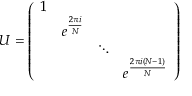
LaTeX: U = \left( \begin{array} { l l l l } { { 1 } } & { { } } & { { } } & { { } } \\ { { } } & { { e ^ { \frac { 2 \pi i } { N } } } } & { { } } & { { } } \\ { { } } & { { } } & { { \ddots } } & { { } } \\ { { } } & { { } } & { { } } & { { e ^ { \frac { 2 \pi i ( N - 1 ) } { N } } } } \end{array} \right)